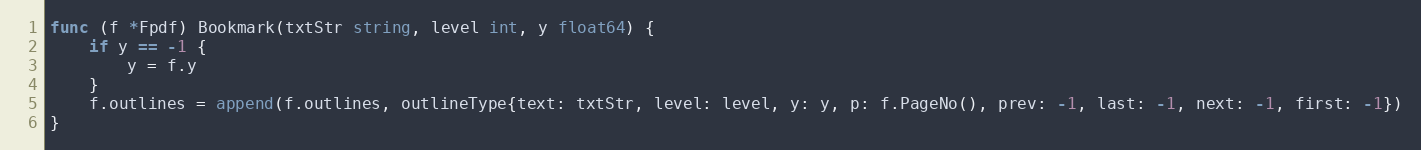
Language: Go
func (f *Fpdf) Bookmark(txtStr string, level int, y float64) {
	if y == -1 {
		y = f.y
	}
	f.outlines = append(f.outlines, outlineType{text: txtStr, level: level, y: y, p: f.PageNo(), prev: -1, last: -1, next: -1, first: -1})
}